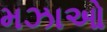
મઝાઓ